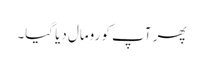
پھر آپ کو رومال دیا گیا۔